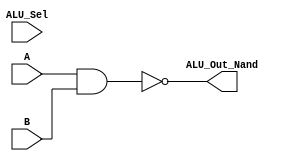
module Log_Nand(output [3:0] ALU_Out_Nand,input [3:0] A, input [3:0] B,input [3:0] ALU_Sel);
assign ALU_Out_Nand = ~(A&B);
endmodule